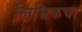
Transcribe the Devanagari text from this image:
लिम्रिकचा